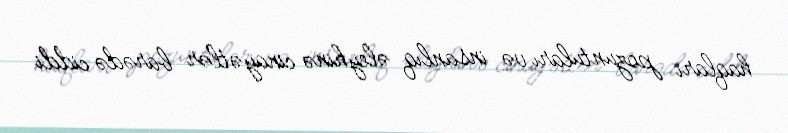
haqları pozuntuları və insanlıq əleyhinə cinayətlər barədə ciddi